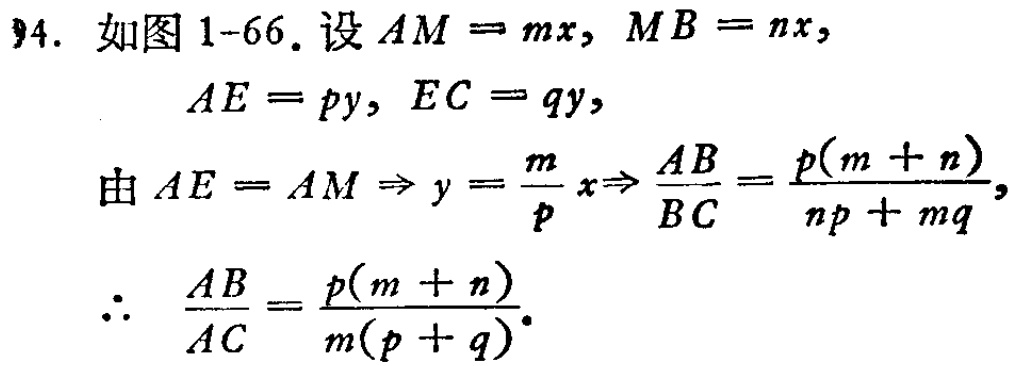
94. 如图1-66. 设 \(AM = mx\), \(MB = nx\),

\(AE = py\), \(EC = qy\),

由 \(AE = AM\Rightarrow y=\frac{m}{p}x\Rightarrow\frac{AB}{BC}=\frac{p(m + n)}{np + mq}\),

\(\therefore\ \frac{AB}{AC}=\frac{p(m + n)}{m(p + q)}\).